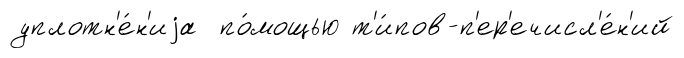
уплотн'е́н'иjа по́мощью т'и́пов-п'ер'ечисл'е́н'ий